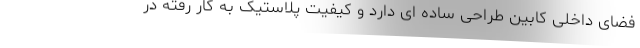
فضای داخلی کابین طراحی ساده ای دارد و کیفیت پلاستیک به کار رفته در